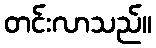
တင်းလာသည်။